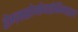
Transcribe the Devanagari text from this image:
हेग्ज़ाब्रोमोबाईफीनाइल